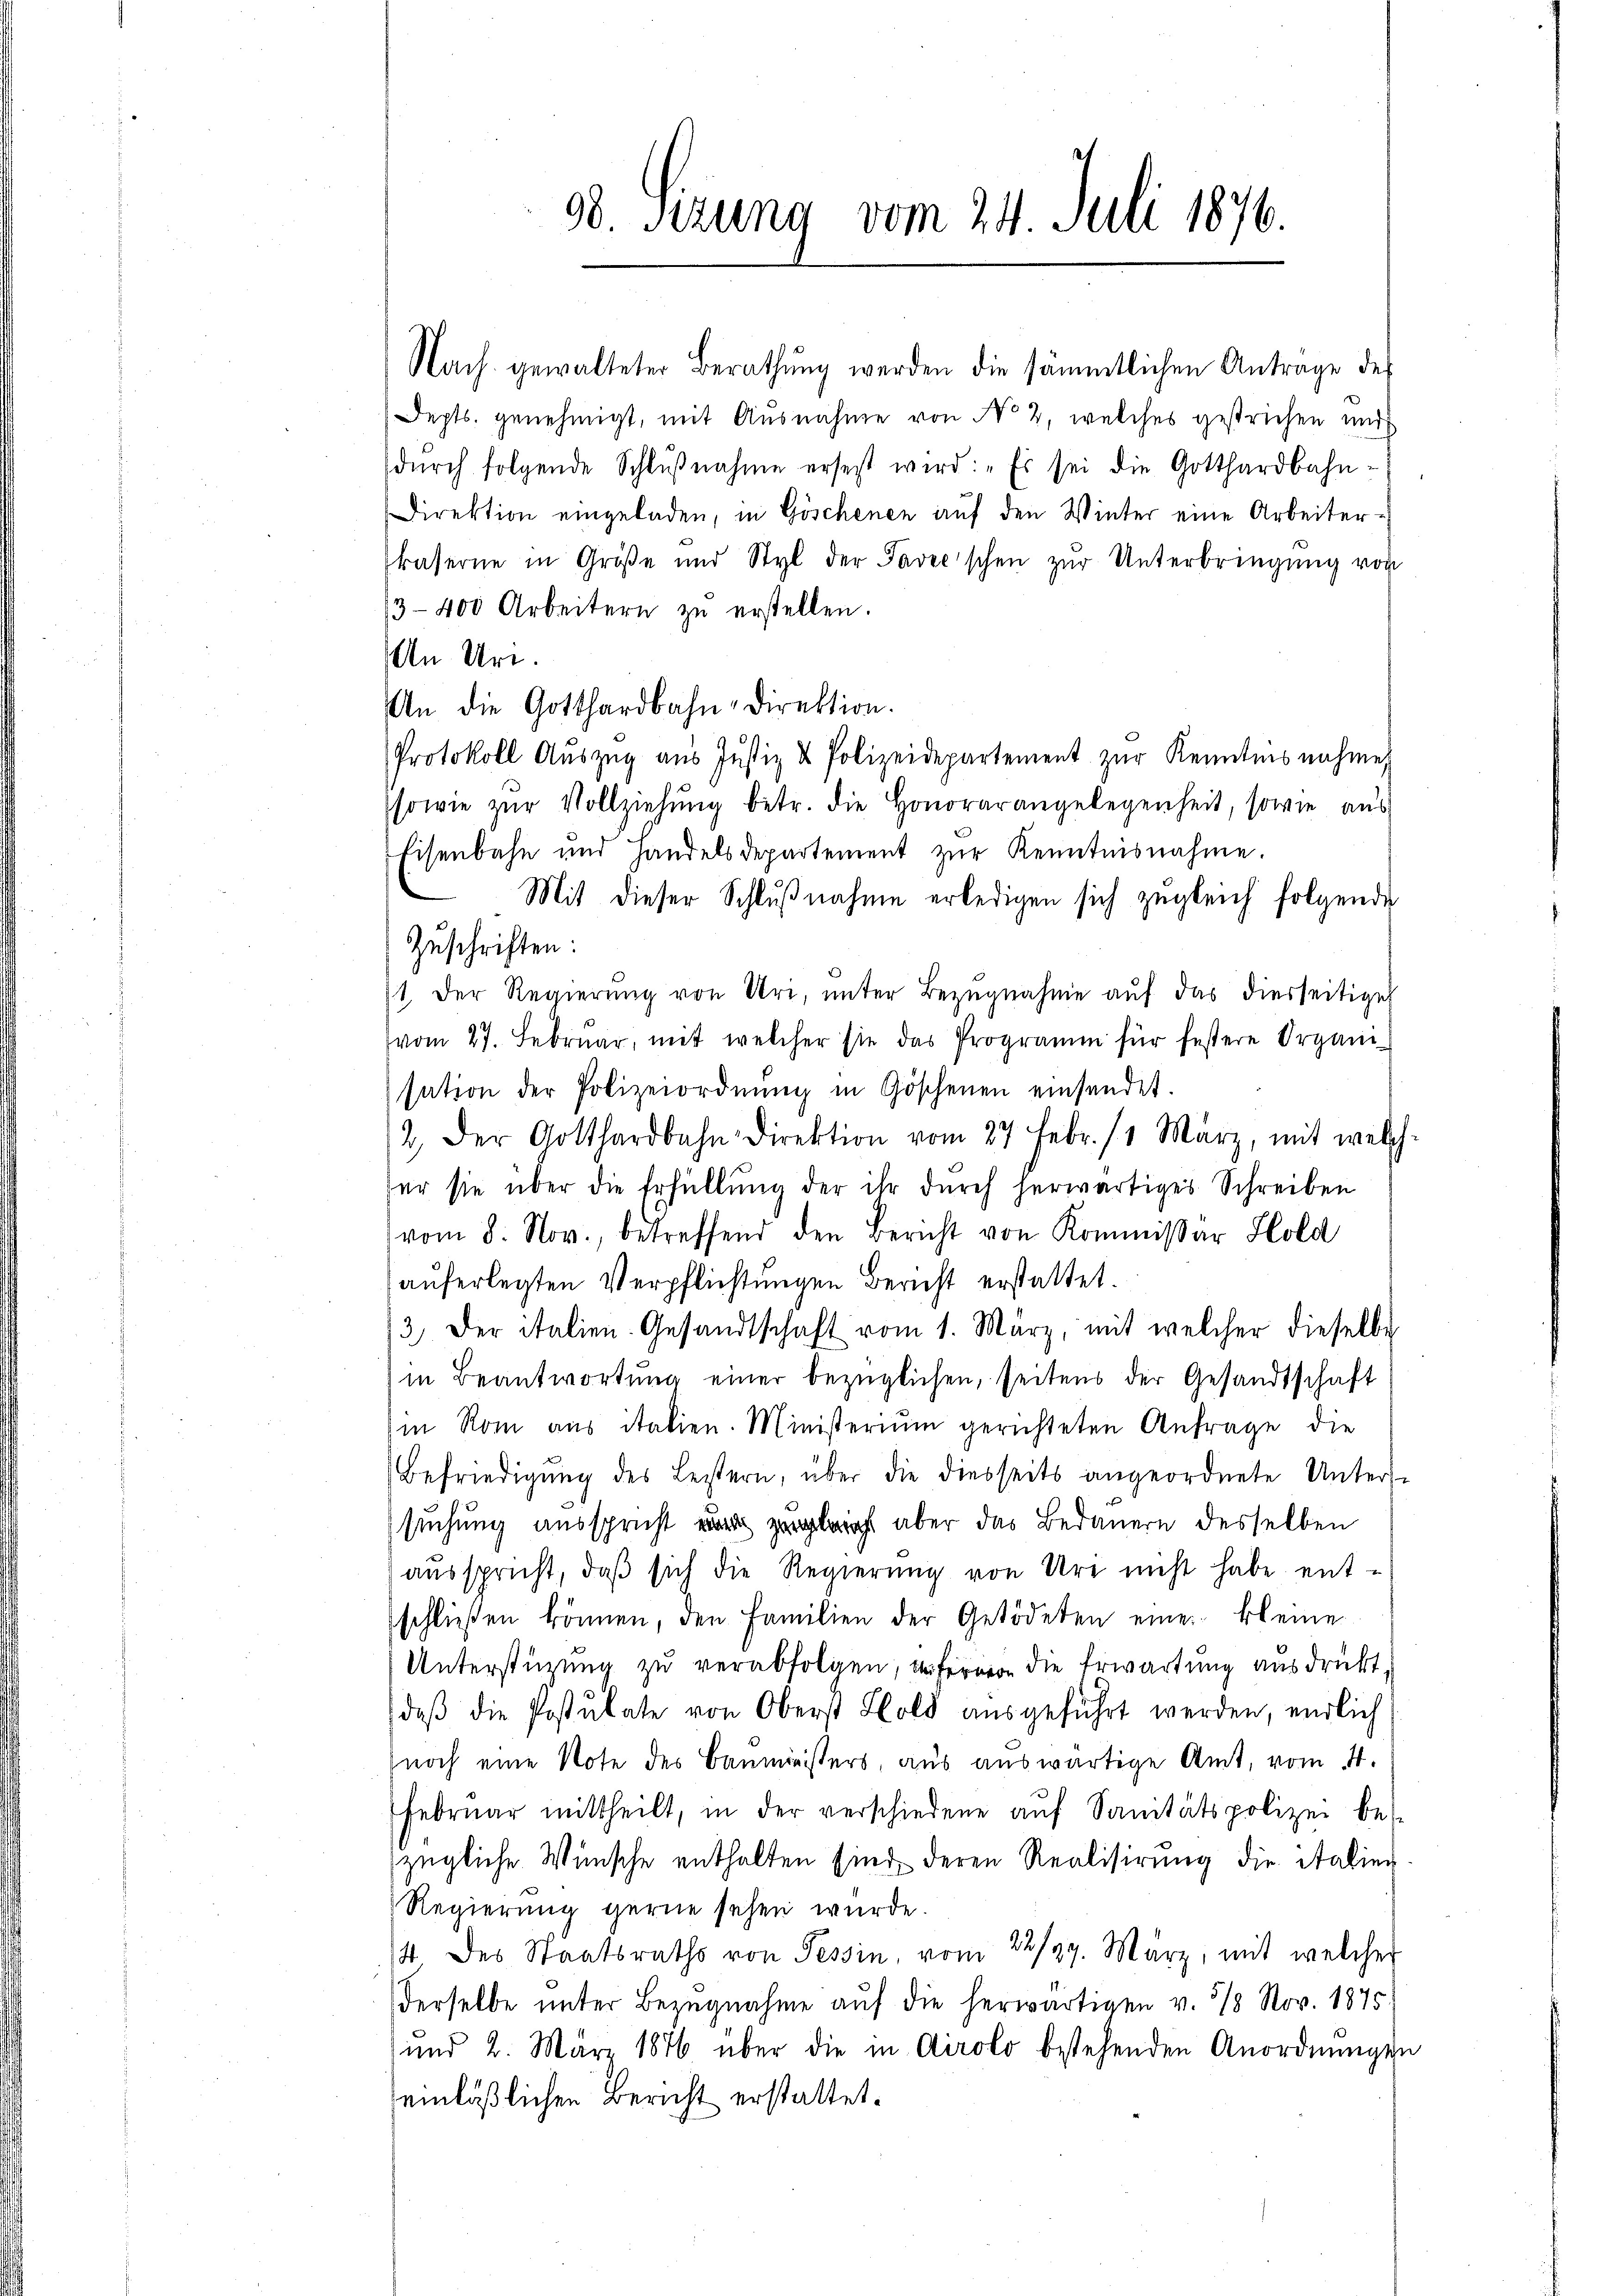
98. Sizung vom 24. Juli 1876.

Nach gewalteter Berathŭng werden die sämmtlichen Antrage des
Depts. genehmigt, mit Ausnahme von No 2, welches gestrichen und
dŭrch folgende Schlŭβnahme ersetzt wird: „Es sei die Gotthardbahn-
Direktion eingeladen, in Göschenen aŭf den Winter eine Arbeiter-
kaserne in Größe und Styl der Tavec'schen zŭr Unterbringŭng von
3–400 Arbeitern zŭ erstellen.
An Uri.
An die Gotthardbahn-Direktion.
Protokoll Aŭszŭg aŭs Jŭstiz & Polizeidepartement zŭr Kenntnisnahme,
sowie zŭr Vollziehŭng betr. die Honorar angelegenheit, sowie aŭs
Eisenbahn und Handelsdepartement zŭr Kenntnisnahme.
Mit dieser Schlŭβnahme erledigen sich zŭgleich folgende
Zuschriften:
1 der Regierŭng von Uri, unter Bezŭgnahme aŭf das diesseitige
vom 27. Februar, mit welcher sie das Programm für festere Organisation der Polizeiordnŭng in Göschenen einsendet.
2. Der Gotthardbahndirektion vom 27 Febr. 11 März, mit welch
für sie über die Erfüllung der ihr durch herwärtiges Schreiben
vom 8. Nov., betreffend den Bericht von Kommissar Hold
auferlegten Verpflichtungen Bericht erstattet.
/3 der italien-Gesandtschaft vom 1. März, mit welcher dieselbe
in Beantwortŭng einer bezüglichen, seitens der Gesandtschaft
in Rom aus italien. Ministerium gerichteten Anfrage die
Befriedigŭng des Leistern, über die diesseits angeordnete Unterse
suchung ausspricht er zugleicht aber das Bedauern desselben
aŭsspricht, daβ sich die Regierŭng von Ure nicht habe ent-
schließen können, den Familien der Getödeten eine kleine
Unterstüzung zu verabfolgen, fern die Erwartung ausdrückt
daß die Postulate von Oberst Hold ausgeführt werden, endlich
noch eine Note des Baumeisters, aus auswärtige Amt, vom 4.
Februar mittheilt, in der verschiedene aŭf Sanitätspolizei bes
zügliche Wünsche enthalten sind deren Realisirung die Stalier-
Regierung gerne sehen würde.
14 des Staatsraths von Tessin, vom 22/29. März, mit welcher
derselbe unter Bezugnahme auf die herwärtigen v. 318 Nov. 1875.
und 2. März 1876 über die in Airolo bestehenden Anordnŭngen
einläßlichen Bericht erstattet.